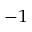
^ { - 1 }